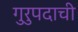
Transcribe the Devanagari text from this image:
गुरुपदाची